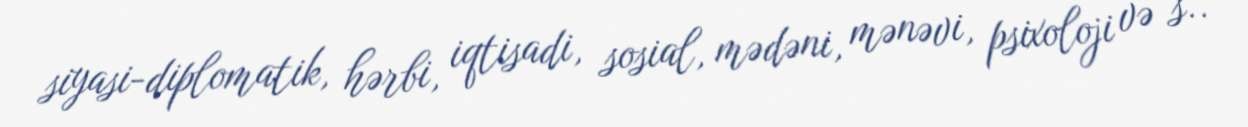
siyasi-diplomatik, hərbi, iqtisadi, sosial, mədəni, mənəvi, psixoloji və s..